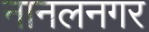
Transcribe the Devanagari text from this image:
नानलनगर